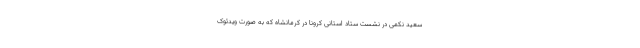
سعید نکمی در نشست ستاد استانی کرونا در کرمانشاه که به صورت ویدئوک